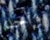
واحد